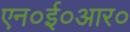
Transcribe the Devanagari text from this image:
एन०ई०आर०